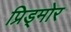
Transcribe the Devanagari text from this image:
प्रिड्मोर